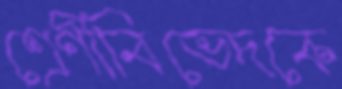
শ্রেণীবিভেদকে